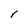
Character: r